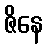
ဇိနေ